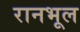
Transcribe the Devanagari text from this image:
रानभूल